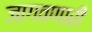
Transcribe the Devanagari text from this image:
जागवणारी